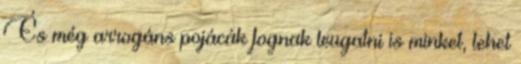
És még arrogáns pojácák fognak leugatni is minket, lehet